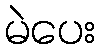
မဲပေး